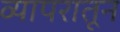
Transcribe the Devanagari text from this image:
व्यापरातून